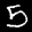
Label: 5